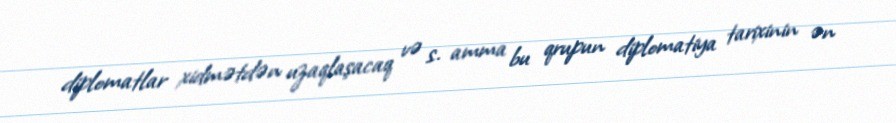
diplomatlar xidmətdən uzaqlaşacaq və s. amma bu qrupun diplomatiya tarixinin ən